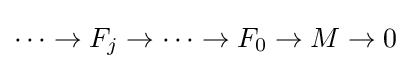
\cdots \rightarrow F_{j}\rightarrow \cdots \rightarrow F_{0}\rightarrow M\rightarrow 0